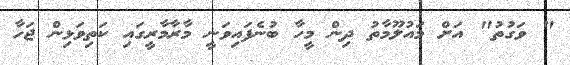
" ވަގުތު" އަށް މައުލޫމާތު ދިން މީހާ ބުނެފައިވަނީ މާރާމާރީގައި ކަތިވަޅިން ޖަހާ